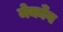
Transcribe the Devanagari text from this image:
मेकॉँग